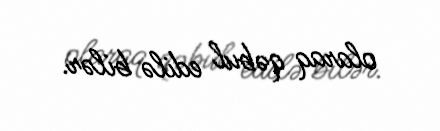
olaraq qəbul edilə bilər.